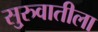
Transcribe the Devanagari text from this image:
सु्रुवातीला